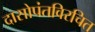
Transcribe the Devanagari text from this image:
दासोपंतविरचित